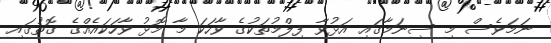
ނަމަވެސް މި ސިނަމާގައި އަޅުވާ ފިލްމުތަކުގެ ވާހަކަ މާ މޮޅު ވާހަކައެއްގެ ގޮތުގައި